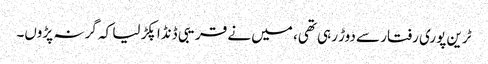
ٹرین پوری رفتار سے دوڑ رہی تھی، میں نے قریبی ڈنڈا پکڑ لیا کہ گر نہ پڑوں۔